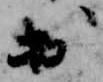
出